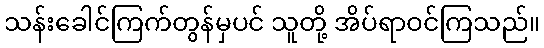
သန်းခေါင်ကြက်တွန်မှပင် သူတို့ အိပ်ရာဝင်ကြသည်။